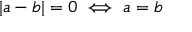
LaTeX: | a - b | = 0 \iff a = b